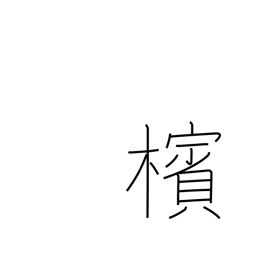
Meaning: betel-nut palm